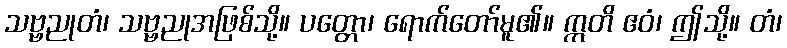
သဗ္ဗညုတံ၊ သဗ္ဗညုအဖြစ်သို့။ ပတ္တော၊ ရောက်တော်မူ၏။ ဣတိ ဧဝံ၊ ဤသို့။ တံ၊